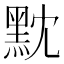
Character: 黕